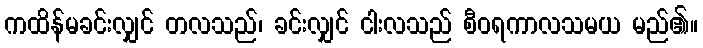
ကထိန်မခင်းလျှင် တလသည်၊ ခင်းလျှင် ငါးလသည် စီဝရကာလသမယ မည်၏။